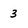
Character: 3